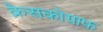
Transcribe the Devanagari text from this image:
क्रेसकोग्राफ